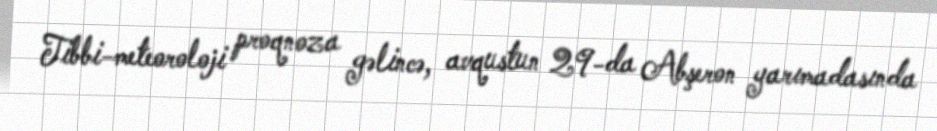
Tibbi-meteoroloji proqnoza gəlincə, avqustun 29-da Abşeron yarımadasında